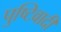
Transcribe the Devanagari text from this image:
पुष्टिवादी